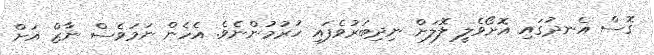
ގޮސް އެނދުގައި އޮށޯވެލީ ލޮލަށް ނިދިބަރުވެފައި ހުރުމުންނެވެ. އެހެން ނަމަވެސް ނާޒް އަށް